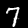
Label: 7